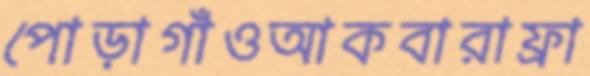
পোড়াগাঁওআকবারাফ্রা